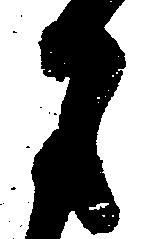
月